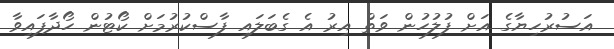
އަސުރުހިޔާގެ އަށް ފުލުހުން ވަތް އިރު އެ ގެބަލައި ފާސްކުރުމަށް ކޯޓުން ހޯދާފައިވާ